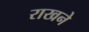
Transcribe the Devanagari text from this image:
राखने